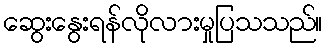
ဆွေးနွေးရန်လိုလားမှုပြသသည်။